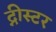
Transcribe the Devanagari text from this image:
द्नीस्टर